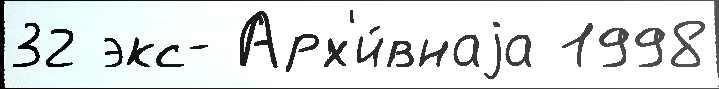
32 экс- Арх'и́внаjа 1998